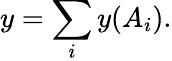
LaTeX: y=\sum_{i}y(A_{i}).